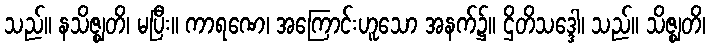
သည်။ နသိဇ္ဈတိ၊ မပြီး။ ကာရဏေ၊ အကြောင်းဟူသော အနက်၌။ ဌိတိသဒ္ဒေါ၊ သည်။ သိဇ္ဈတိ၊